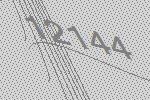
12144